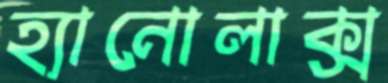
হ্যানোলাক্স